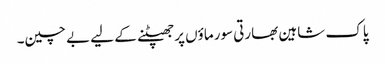
پاک شاہین بھارتی سورماؤں پر جھپٹنے کے لیے بے چین۔